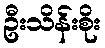
ဦးသိန်းစိုး